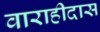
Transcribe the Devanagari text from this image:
वाराहीदास